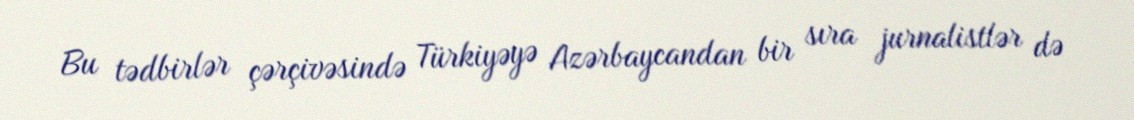
Bu tədbirlər çərçivəsində Türkiyəyə Azərbaycandan bir sıra jurnalistlər də